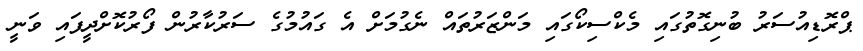
ޕްރޮޑިއުސަރު ބުނިގޮތުގައި މެކްސިކޯގައި މަންޒަރުތައް ނެގުމަށް އެ ގައުމުގެ ސަރުކާރުން ފޯރުކޮށްދީފައި ވަނީ